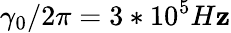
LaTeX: \gamma_{0}/2\pi=3*10^{5}H\mathbf{z}